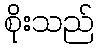
စိုးသည်